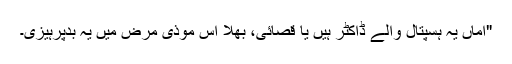
"اماں یہ ہسپتال والے ڈاکٹر ہیں یا قصائی، بھلا اس موذی مرض میں یہ بدپرہیزی۔